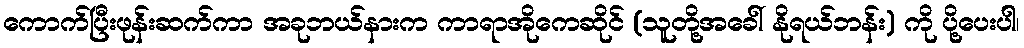
ကောက်ပြီးဖုန်းဆက်ကာ အခုဘယ်နားက ကာရာအိုကေဆိုင် (သူတို့အခေါ် နိုရယ်ဘန်း) ကို ပို့ပေးပါ၊